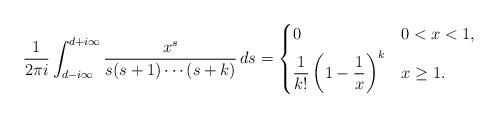
LaTeX: \begin{align*} \frac{1}{2\pi i }\int_{d-i\infty}^{d+i \infty} \frac{x^s}{s(s+1) \cdots (s+k)}\,ds = \begin{dcases} 0 & 0 < x < 1, \\ \frac{1}{k!} \left(1 - \frac{1}{x} \right)^k & x \geq 1. \end{dcases} \end{align*}